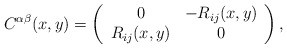
\begin{align*}C^{\alpha \beta}(x,y) = \left(\begin{array}{cc} 0 & -R_{ij}(x,y) \\R_{ij}(x,y) & 0\end{array} \right),\end{align*}